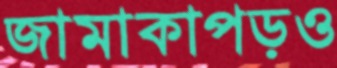
জামাকাপড়ও